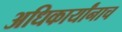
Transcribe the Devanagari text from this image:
अधिकार्यांनाच